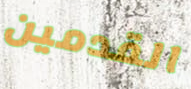
القدمين